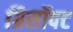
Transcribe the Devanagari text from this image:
ग्रिसॉफ्‍ट